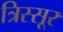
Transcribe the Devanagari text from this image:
त्रिस्सूर